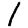
Digit: 1